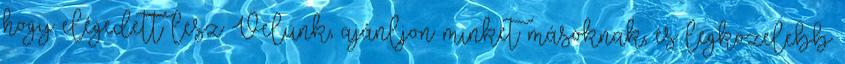
hogy elégedett lesz Velünk, ajánljon minket másoknak, és legközelebb